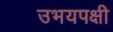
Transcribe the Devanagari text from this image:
उभयपक्षी